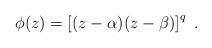
LaTeX: \begin{align*}\phi (z)=\left[ (z-\alpha )(z-\beta )\right] ^q\ .\end{align*}